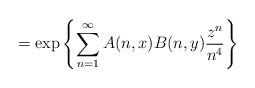
LaTeX: \begin{align*} = \exp\left\{ \sum_{n=1}^{\infty} A(n,x) B(n,y) \frac{z^n}{n^4} \right\}\end{align*}